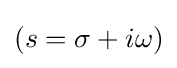
(s=\sigma +i\omega )